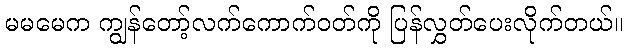
မမမေက ကျွန်တော့်လက်ကောက်ဝတ်ကို ပြန်လွှတ်ပေးလိုက်တယ်။